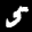
Label: 5